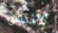
كانداس